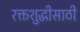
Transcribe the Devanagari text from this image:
रक्तशुद्धीसाठी